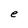
Character: e